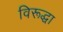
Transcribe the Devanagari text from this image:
विरूद्धा